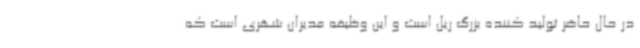
در حال حاضر تولید کننده بزرگ ریل است و این وظیفه مدیران شهری است که